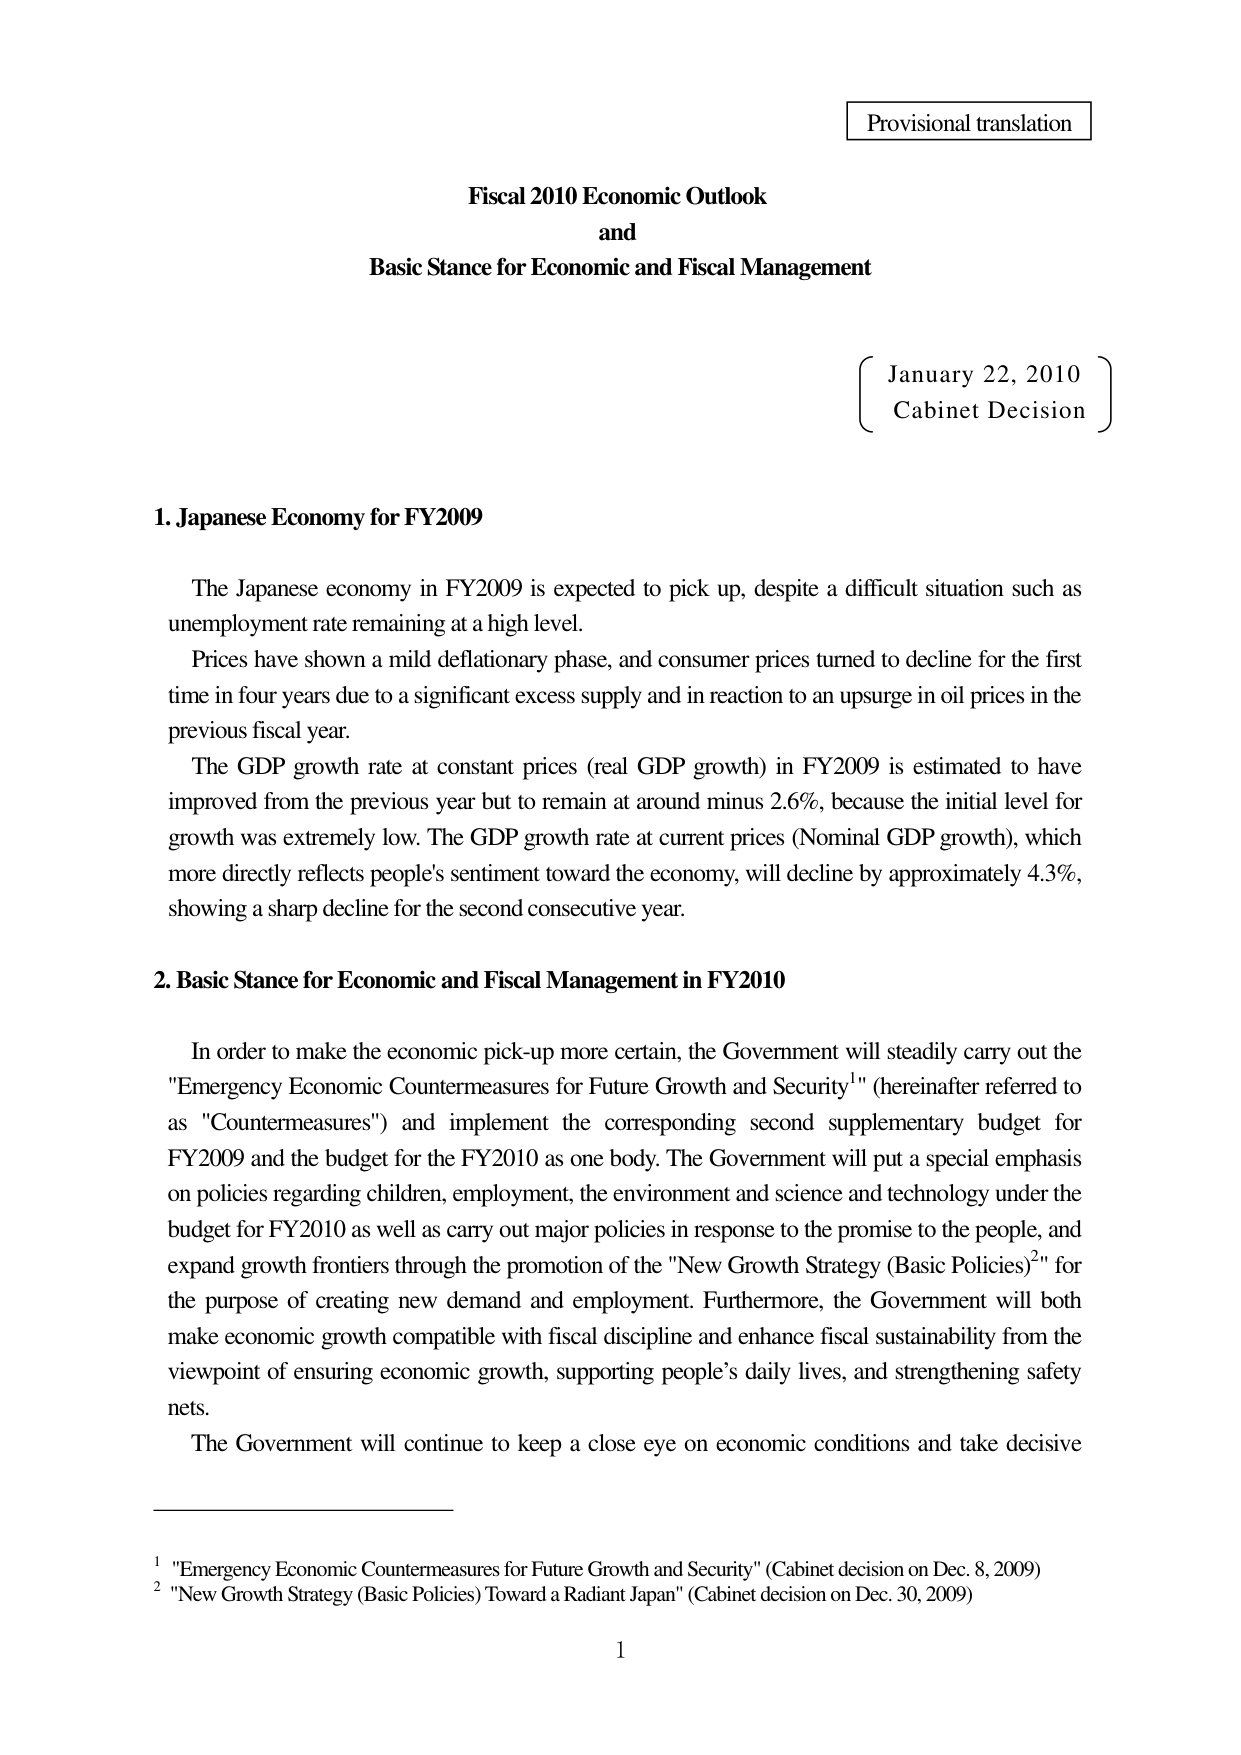
Provisional translation

Fiscal 2010 Economic Outlook
and
Basic Stance for Economic and Fiscal Management

January 22, 2010
Cabinet Decision

1. Japanese Economy for FY2009

The Japanese economy in FY2009 is expected to pick up, despite a difficult situation such as unemployment rate remaining at a high level.
Prices have shown a mild deflationary phase, and consumer prices turned to decline for the first time in four years due to a significant excess supply and in reaction to an upsurge in oil prices in the previous fiscal year.
The GDP growth rate at constant prices (real GDP growth) in FY2009 is estimated to have improved from the previous year but to remain at around minus 2.6%, because the initial level for growth was extremely low. The GDP growth rate at current prices (Nominal GDP growth), which more directly reflects people's sentiment toward the economy, will decline by approximately 4.3%, showing a sharp decline for the second consecutive year.

2. Basic Stance for Economic and Fiscal Management in FY2010

In order to make the economic pick-up more certain, the Government will steadily carry out the "Emergency Economic Countermeasures for Future Growth and Security¹" (hereinafter referred to as "Countermeasures") and implement the corresponding second supplementary budget for FY2009 and the budget for the FY2010 as one body. The Government will put a special emphasis on policies regarding children, employment, the environment and science and technology under the budget for FY2010 as well as carry out major policies in response to the promise to the people, and expand growth frontiers through the promotion of the "New Growth Strategy (Basic Policies)²" for the purpose of creating new demand and employment. Furthermore, the Government will both make economic growth compatible with fiscal discipline and enhance fiscal sustainability from the viewpoint of ensuring economic growth, supporting people's daily lives, and strengthening safety nets.
The Government will continue to keep a close eye on economic conditions and take decisive

¹ "Emergency Economic Countermeasures for Future Growth and Security" (Cabinet decision on Dec. 8, 2009)
² "New Growth Strategy (Basic Policies) Toward a Radiant Japan" (Cabinet decision on Dec. 30, 2009)

1